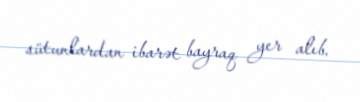
sütunlardan ibarət bayraq yer alıb.